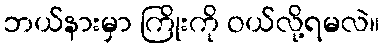
ဘယ်နားမှာ ကြိုးကို ဝယ်လို့ရမလဲ။